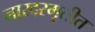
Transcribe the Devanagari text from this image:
नारदस्मृतीत